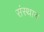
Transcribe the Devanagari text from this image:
संस्थान